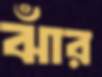
ঝাঁর